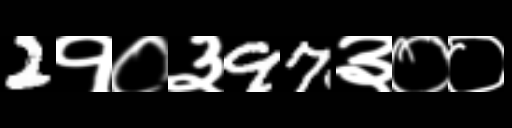
Text: 2१०३97३००